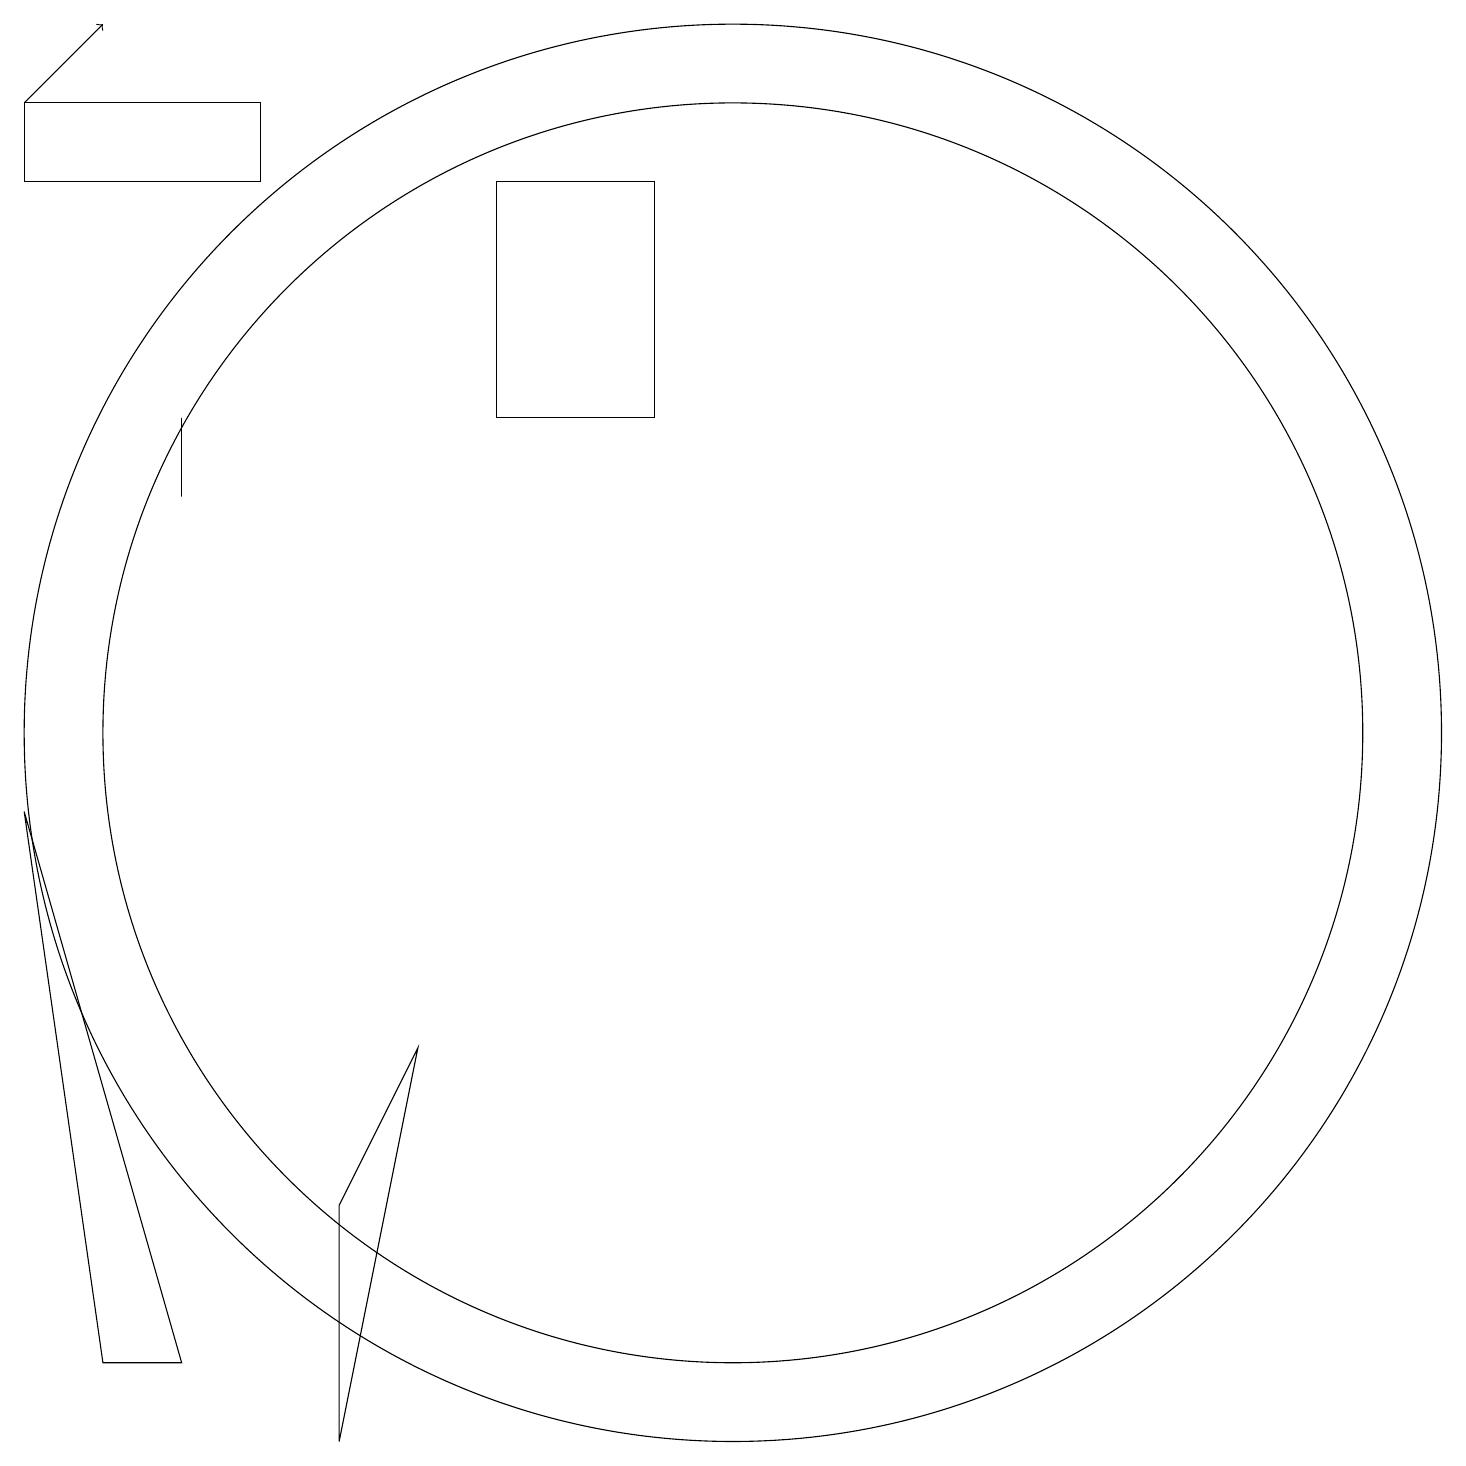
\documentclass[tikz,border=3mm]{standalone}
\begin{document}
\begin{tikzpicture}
\draw (6,6) -- (5,4) -- (5,1) -- cycle;
\draw (10,10) circle (9);
\draw (3,2) -- (1,9) -- (2,2) -- cycle;
\draw[->] (1,18) -- (2,19);
\draw (10,10) circle (8);
\draw (4,18) rectangle (1,17);
\draw (3,13) rectangle (3,14);
\draw (9,17) rectangle (7,14);
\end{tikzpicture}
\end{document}